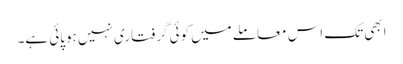
ابھی تک اس معاملے میں کوئی گرفتاری نہیں ہوپائی ہے۔